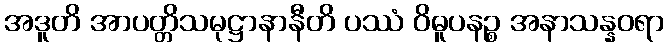
အဒူတိ အာပတ္တိသမုဋ္ဌာနာနီတိ ပဿံ ဝိဓူပနဉ္စ အနာသန္နဝရာ